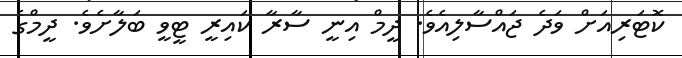
ކޮޓަރިއަށް ވަދެ ޖައްސާލިއެވެ. ދީމް އިނީ ސާރާ ކައިރީ ޓީވީ ބަލާށެވެ. ދީމްގެ